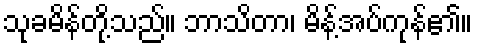
သုခမိန်တို့သည်။ ဘာသိတာ၊ မိန့်အပ်ကုန်၏။